Plague in India, 1896, 1897 - Volume 2
Year: 1896
Disease focus: Plague
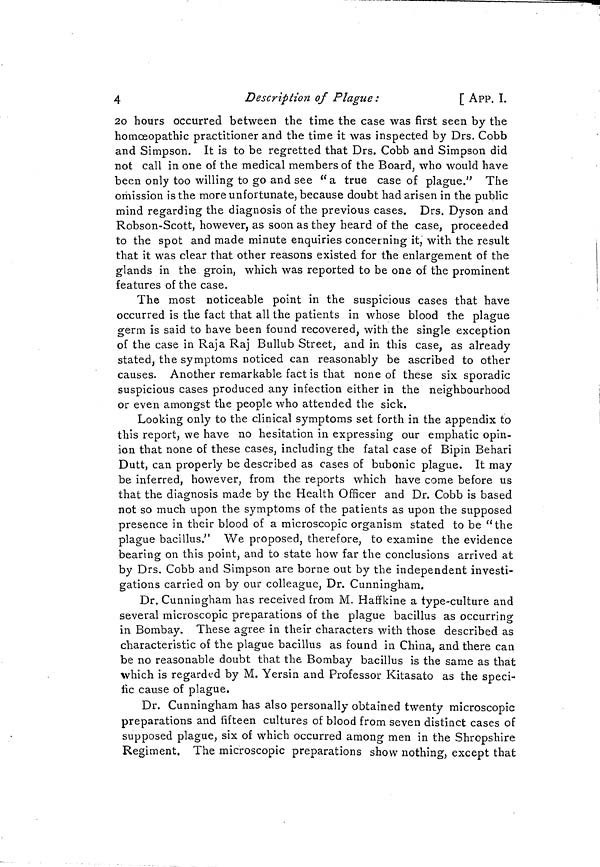
4
Description of Plague :
[ APP. I.
20 hours occurred between the time the case was first seen by the
homœopathic practitioner and the time it was inspected by Drs. Cobb
and Simpson. It is to be regretted that Drs. Cobb and Simpson did
not call in one of the medical members of the Board, who would have
been only too willing to go and see "a true case of plague." The
omission is the more unfortunate, because doubt had arisen in the public
mind regarding the diagnosis of the previous cases. Drs. Dyson and
Robson-Scott, however, as soon as they heard of the case, proceeded
to the spot and made minute enquiries concerning it, with the result
that it was clear that other reasons existed for the enlargement of the
glands in the groin, which was reported to be one of the prominent
features of the case.
The most noticeable point in the suspicious cases that have
occurred is the fact that all the patients in whose blood the plague
germ is said to have been found recovered, with the single exception
of the case in Raja Raj Bullub Street, and in this case, as already
stated, the symptoms noticed can reasonably be ascribed to other
causes. Another remarkable fact is that none of these six sporadic
suspicious cases produced any infection either in the neighbourhood
or even amongst the people who attended the sick.
Looking only to the clinical symptoms set forth in the appendix to
this report, we have no hesitation in expressing our emphatic opin-
ion that none of these cases, including the fatal case of Bipin Behari
Dutt, can properly be described as cases of bubonic plague. It may
be inferred, however, from the reports which have come before us
that the diagnosis made by the Health Officer and Dr. Cobb is based
not so much upon the symptoms of the patients as upon the supposed
presence in their blood of a microscopic organism stated to be "the
plague bacillus." We proposed, therefore, to examine the evidence
bearing on this point, and to state how far the conclusions arrived at
by Drs. Cobb and Simpson are borne out by the independent investi-
gations carried on by our colleague, Dr. Cunningham.
Dr. Cunningham has received from M. Haffkine a type-culture and
several microscopic preparations of the plague bacillus as occurring
in Bombay. These agree in their characters with those described as
characteristic of the plague bacillus as found in China, and there can
be no reasonable doubt that the Bombay bacillus is the same as that
which is regarded by M. Yersin and Professor Kitasato as the speci-
fic cause of plague.
Dr. Cunningham has also personally obtained twenty microscopic
preparations and fifteen cultures of blood from seven distinct cases of
supposed plague, six of which occurred among men in the Shropshire
Regiment. The microscopic preparations show nothing, except that